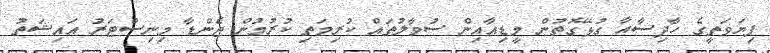
ފިޔަވަތީގެ ހާދިސާއާ ގުޅޭގޮތުން މީޑިއާއިން ސުވާލުތައް ކުރިމަތި ކުރުމުން ޖެންޑާ މިނިސްޓަރު އައިޝަތު